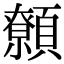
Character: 𩕐